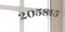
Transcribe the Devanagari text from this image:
२०५८१५